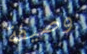
وصيفة